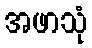
အဖာသုံ